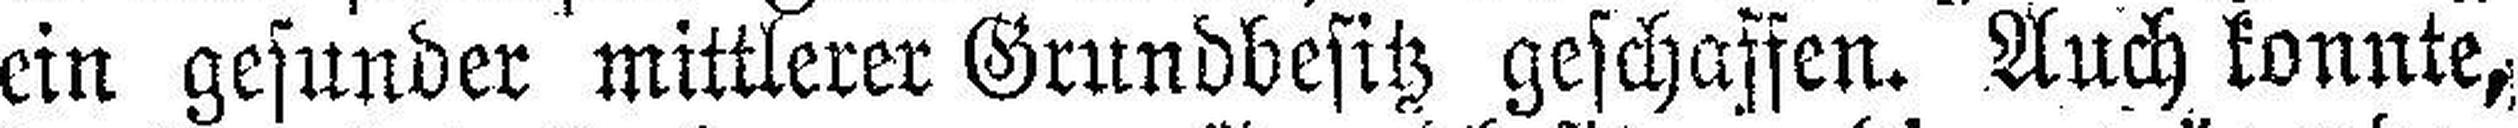
ein gesunder mittlerer Grundbesitz geschaffen. Auch konnte,